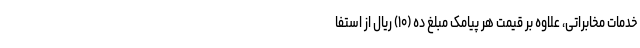
خدمات مخابراتی، علاوه بر قیمت هر پیامک مبلغ ده (۱۰) ریال از استفا